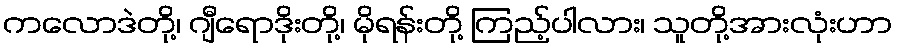
ကလောဒဲတို့၊ ဂျီရောဒိုးတို့၊ မိုရန်းတို့ ကြည့်ပါလား၊ သူတို့အားလုံးဟာ